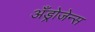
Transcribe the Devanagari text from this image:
अँड्रोजेन्स